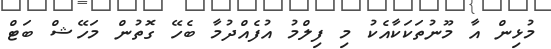
މުޅިން އާ މޫނުތަކަކާއެކު މި ފިލްމު އުފެއްދުމާ ބެހޭ ގޮތުން މަހޭޝް ބަޓް